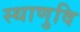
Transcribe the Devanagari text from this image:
स्थाणुवि